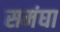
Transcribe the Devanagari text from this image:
समंघा